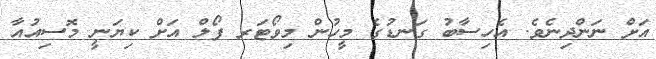
އަށް ނަންދިނެވެ. އެހިސާބު ގަނޑުގެ މީހުން މިވޯޓަރ ފޯލް އަށް ކިޔަނީ މޮސިއުއާ